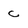
Character: c